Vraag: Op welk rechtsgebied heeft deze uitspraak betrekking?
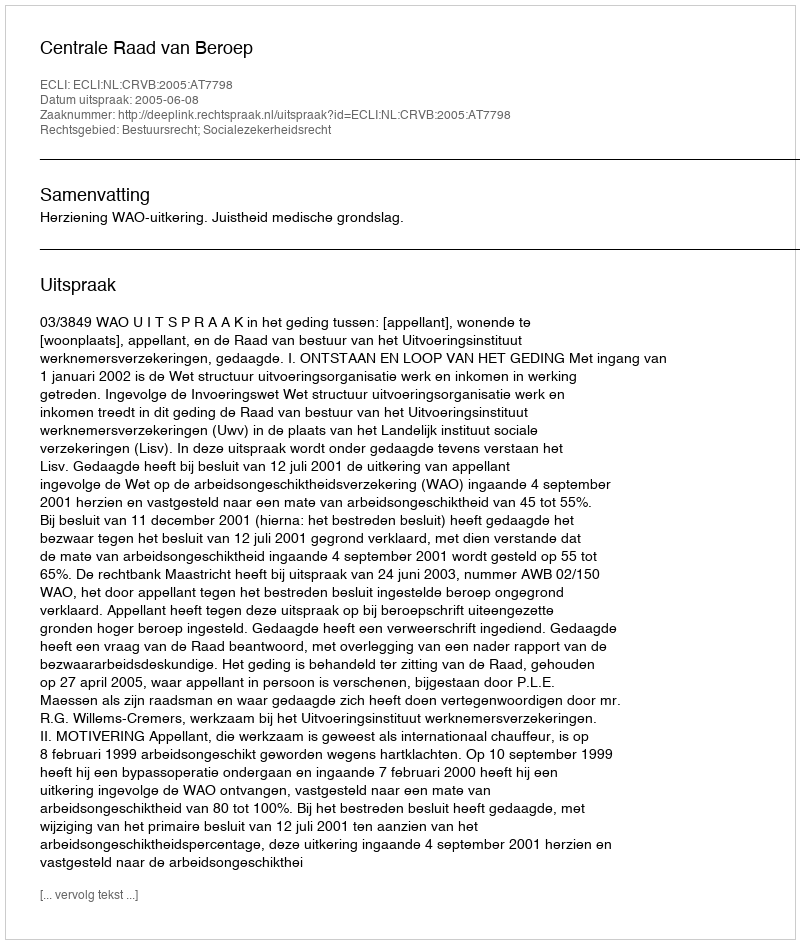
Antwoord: Bestuursrecht; Socialezekerheidsrecht